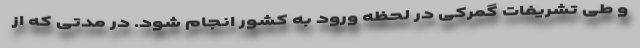
و طی تشریفات گمرکی در لحظه ورود به کشور انجام شود. در مدتی که از